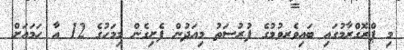
މި ޕްރޮގްރާމުގައި ބައިވެރވުމުގެ ފުރުސަތު މިއަދުން ފެށިގެން މިމަހުގެ 12 އާ ހަމައަށް